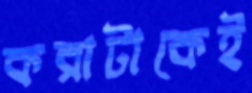
করাটাকেই